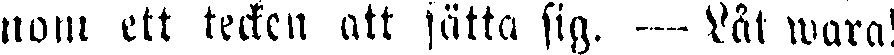
nom ett tecken att sätta sig. — Låt wara!